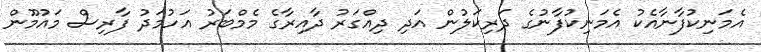
އެމަނިކުފާނާއެކު އެމަނިކުފާނުގެ ދަރިކަލުން އަދި ދިއްގަރު ދާއިރާގެ މެމްބަރު އަހުމަދު ފާރިސް މައުމޫން